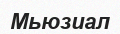
Мьюзиал